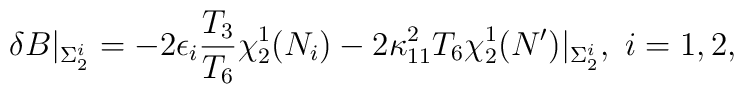
\delta B\vert_{\Sigma_2^i}=-2\epsilon_i{T_3\over T_6}\chi^1_2(N_i)-2\kappa_{11}^2T_6\chi^1_2(N')\vert_{\Sigma_2^i},\ i=1,2,